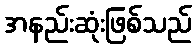
အနည်းဆုံးဖြစ်သည်